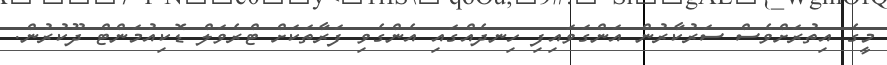
މީގެ އިތުރަށްވެސް ސަރުކާރުން އަންގަވައިފި ހިނދެއްގައި އެންގެވި ފަރާތަކަށް ޓްރެވަލް ޑޮކިއުމަންޓް ދޫކުރުން.